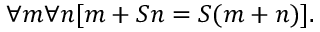
\forall m \forall n [ m + S n = S ( m + n ) ] .